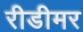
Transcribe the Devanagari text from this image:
रीडीमर